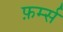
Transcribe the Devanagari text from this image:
फ़र्म्स